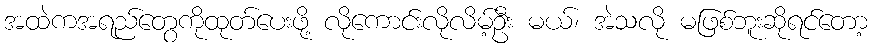
အထဲကအရည်တွေကိုထုတ်ပေးဖို့ လိုကောင်းလိုလိမ့်ဦး မယ်၊ အဲသလို မဖြစ်ဘူးဆိုရင်တော့